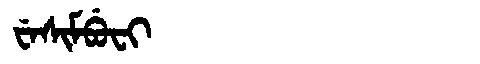
Manchu: ᠸᡝᠰᡳᠮᠪᡠᠸᡳ
Romanization: WESIMBUFI